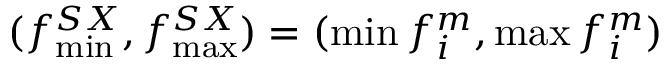
( f _ { \operatorname* { m i n } } ^ { S X } , f _ { \operatorname* { m a x } } ^ { S X } ) = ( \operatorname* { m i n } { f _ { i } ^ { m } } , \operatorname* { m a x } { f _ { i } ^ { m } } )